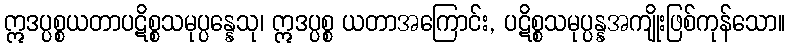
ဣဒပ္ပစ္စယတာပဋိစ္စသမုပ္ပန္နေသု၊ ဣဒပ္ပစ္စ ယတာအကြောင်း, ပဋိစ္စသမုပ္ပန္နအကျိုးဖြစ်ကုန်သော။